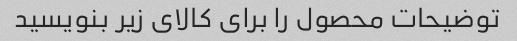
توضیحات محصول را برای کالای زیر بنویسید